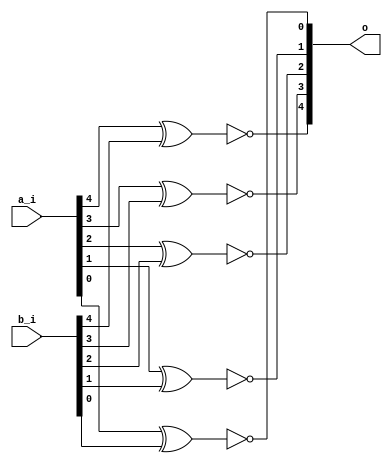
module bsg_xnor_width_p5_harden_p1
(
  a_i,
  b_i,
  o
);

  input [4:0] a_i;
  input [4:0] b_i;
  output [4:0] o;
  wire [4:0] o;
  wire N0,N1,N2,N3,N4;
  assign o[4] = ~N0;
  assign N0 = a_i[4] ^ b_i[4];
  assign o[3] = ~N1;
  assign N1 = a_i[3] ^ b_i[3];
  assign o[2] = ~N2;
  assign N2 = a_i[2] ^ b_i[2];
  assign o[1] = ~N3;
  assign N3 = a_i[1] ^ b_i[1];
  assign o[0] = ~N4;
  assign N4 = a_i[0] ^ b_i[0];

endmodule